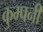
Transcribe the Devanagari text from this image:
कुम्पनी